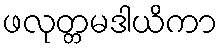
ဖလုတ္တမဒါယိကာ